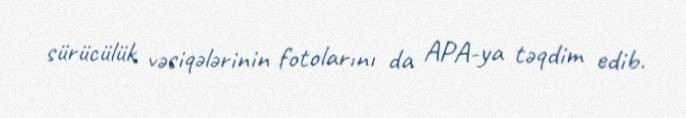
sürücülük vəsiqələrinin fotolarını da APA-ya təqdim edib.